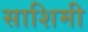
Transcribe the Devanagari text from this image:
साशिमी